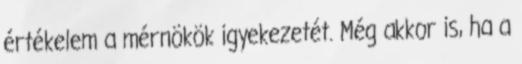
értékelem a mérnökök igyekezetét. Még akkor is, ha a